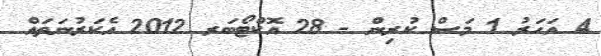
4 އަހަރު 1 މަސް ކުރިން - 28 އޮކްޓޯބަރ 2012 އެކަރުނަތައް